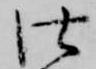
仕